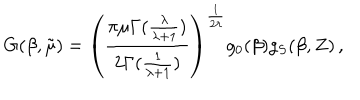
LaTeX: G ( \beta , \tilde { \mu } ) = \left( \frac { \pi \mu \Gamma ( \frac { \lambda } { \lambda + 1 } ) } { 2 \Gamma ( \frac { 1 } { \lambda + 1 } ) } \right) ^ { \frac { 1 } { 2 \lambda } } g _ { 0 } ( \beta ) g _ { S } ( \beta , Z ) \, ,